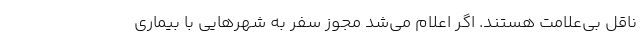
ناقل بی‌علامت هستند. اگر اعلام می‌شد مجوز سفر به شهرهایی با بیماری